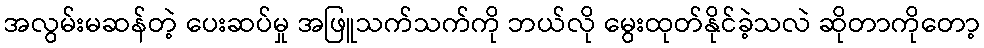
အလွမ်းမဆန်တဲ့ ပေးဆပ်မှု အဖြူသက်သက်ကို ဘယ်လို မွေးထုတ်နိုင်ခဲ့သလဲ ဆိုတာကိုတော့